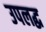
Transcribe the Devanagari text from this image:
उपलद्ध